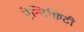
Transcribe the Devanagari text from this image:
ऐन्टिक्विटी